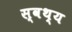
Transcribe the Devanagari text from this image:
स्वथ्य